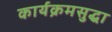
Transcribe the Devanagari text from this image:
कार्यक्रमसुद्धा